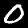
Digit: 0